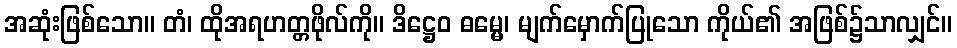
အဆုံးဖြစ်သော။ တံ၊ ထိုအရဟတ္တဖိုလ်ကို။ ဒိဋ္ဌေဝ ဓမ္မေ၊ မျက်မှောက်ပြုသော ကိုယ်၏ အဖြစ်၌သာလျှင်။